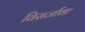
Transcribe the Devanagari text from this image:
विसर्जावा